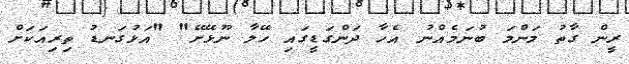
ރީން ގާތު މަންމަ ބުނަމެއްނު އެހާ ދަންގަޑީގައި ހޭލާ ނޫޅޭށޭ" "އަޅުގަނޑު ތިރިއަކަށް